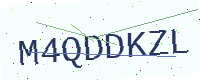
Text: M4QDDKZL